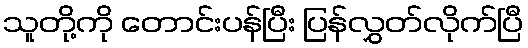
သူတို့ကို တောင်းပန်ပြီး ပြန်လွှတ်လိုက်ပြီ